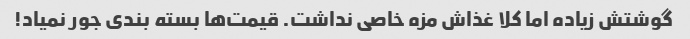
گوشتش زیاده اما کلا غذاش مزه خاصی نداشت. قیمت‌ها بسته بندی جور نمیاد!